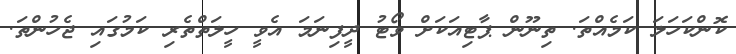
ކޮންކަހަލަ ކަމެއްތަ. ތިނޫން ޕާޓިއަކަށް ވޯޓު ދީފިނަމަ އެވީ ހީލަތްތެރި ކަމުގައި ޖެހުންތަ.